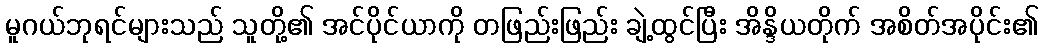
မူဂယ်ဘုရင်များသည် သူတို့၏ အင်ပိုင်ယာကို တဖြည်းဖြည်း ချဲ့ထွင်ပြီး အိန္ဒိယတိုက် အစိတ်အပိုင်း၏